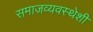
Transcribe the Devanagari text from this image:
समाजव्यवस्थेशी